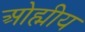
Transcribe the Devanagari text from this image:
ओह्मीय